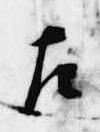
左